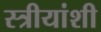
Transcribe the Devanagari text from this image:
स्त्रीयांशी